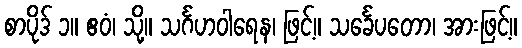
စာပိုဒ် ၁။ ဧဝံ၊ သို့။ သင်္ဂဟဝါရေန၊ ဖြင့်။ သင်္ခေပတော၊ အားဖြင့်။